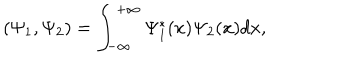
( \Psi _ { 1 } , \Psi _ { 2 } ) = \int _ { - \infty } ^ { + \infty } \Psi _ { 1 } ^ { * } ( x ) \Psi _ { 2 } ( x ) d x ,